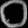
Digit: ၀